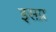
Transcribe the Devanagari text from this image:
इसप्र